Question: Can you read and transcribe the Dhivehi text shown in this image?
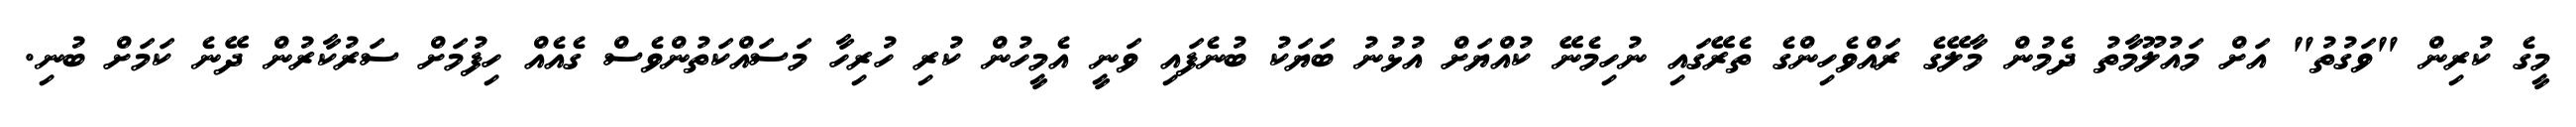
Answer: މީގެ ކުރިން "ވަގުތު" އަށް މައުލޫމާތު ދެމުން މާލޭގެ ރައްވެހިންގެ ތެރޭގައި ނުހިމެނޭ ކުއްޔަށް އުޅުނު ބަޔަކު ބުނެފައި ވަނީ އެމީހުން ކުރި ހުރިހާ މަސައްކަތުންވެސް ގެއެއް ހިފުމަށް ސަރުކާރުން ދޭނެ ކަމަށް ބުނި.